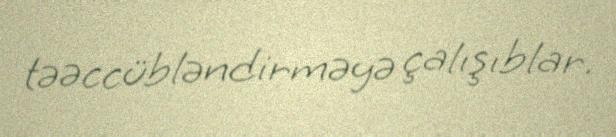
təəccübləndirməyə çalışıblar.